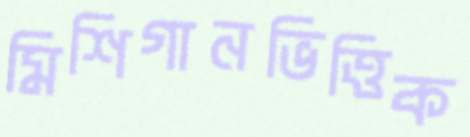
মিশিগানভিত্তিক